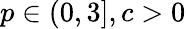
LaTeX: p\in(0,3],c>0